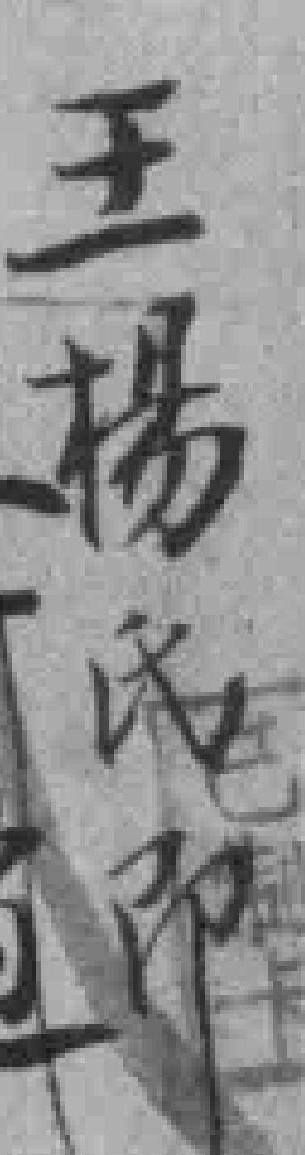
王楊氏即